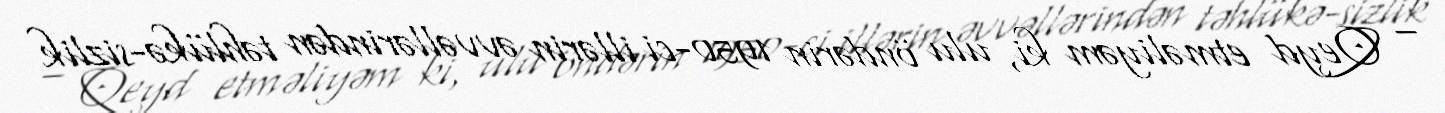
– Qeyd etməliyəm ki, ulu öndərin 1950-ci illərin əvvəllərindən təhlükə­sizlik